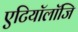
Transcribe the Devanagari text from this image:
एटियॉलॉजि